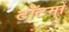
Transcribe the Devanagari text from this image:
टॉटमों